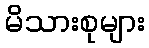
မိသားစုများ